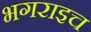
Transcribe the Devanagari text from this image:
भगराइच